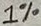
Text: 1%